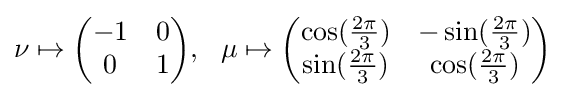
\nu \mapsto {\begin{pmatrix}-1&0\\0&1\end{pmatrix}},\,\,\,\,\mu \mapsto {\begin{pmatrix}\cos({\frac {2\pi }{3}})&-\sin({\frac {2\pi }{3}})\\\sin({\frac {2\pi }{3}})&\cos({\frac {2\pi }{3}})\end{pmatrix}}